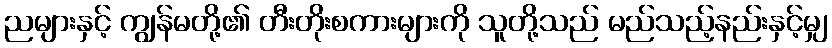
ညများနှင့် ကျွန်မတို့၏ တီးတိုးစကားများကို သူတို့သည် မည်သည့်နည်းနှင့်မျှ